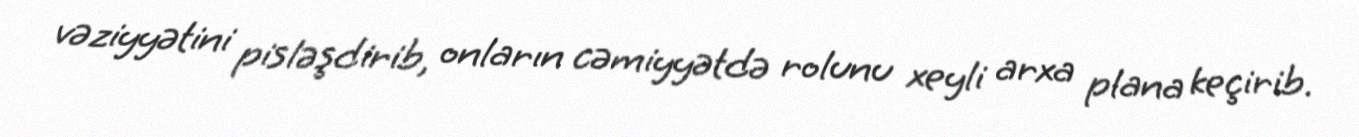
vəziyyətini pisləşdirib, onların cəmiyyətdə rolunu xeyli arxa plana keçirib.